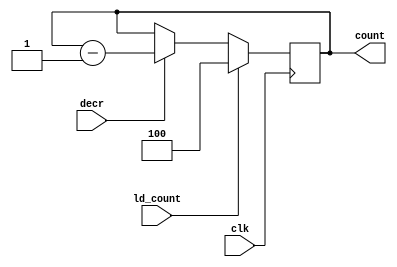
`timescale 1ns / 1ps
//////////////////////////////////////////////////////////////////////////////////
// Company: 
// Engineer: 
// 
// Design Name: 
// Module Name: Counter
// Project Name: 
// Target Devices: 
// Tool Versions: 
// Description: 
// 
// Dependencies: 
// 
// Revision:
// Revision 0.01 - File Created
// Additional Comments:
// 
//////////////////////////////////////////////////////////////////////////////////


module Counter(count,ld_count,clk,decr);

output reg [2:0]count;
input clk,decr,ld_count;

always @(posedge clk) begin
    if(ld_count) count<=3'b100;
    else if(decr) count<=count-1;
    else count<=count;
end

endmodule